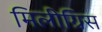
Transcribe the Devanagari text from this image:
मिलीग्रिस